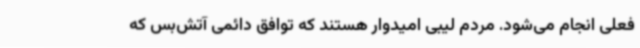
فعلی انجام می‌شود. مردم لیبی امیدوار هستند که توافق دائمی آتش‌بس که